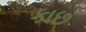
કાછ